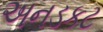
અનડકટ